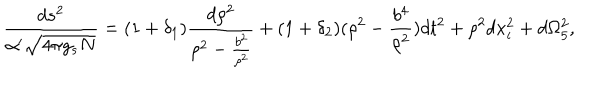
LaTeX: \frac { d s ^ { 2 } } { \alpha ^ { \prime } \sqrt { 4 \pi g _ { s } N } } = ( 1 + \delta _ { 1 } ) \frac { d \rho ^ { 2 } } { \rho ^ { 2 } - \frac { b ^ { 2 } } { \rho ^ { 2 } } } + ( 1 + \delta _ { 2 } ) ( \rho ^ { 2 } - \frac { b ^ { 4 } } { \rho ^ { 2 } } ) d t ^ { 2 } + \rho ^ { 2 } d x _ { i } ^ { 2 } + d \Omega _ { 5 } ^ { 2 } ,